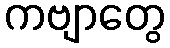
ကဗျာတွေ